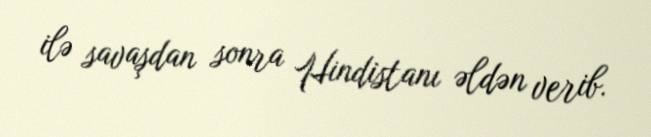
ilə savaşdan sonra Hindistanı əldən verib.